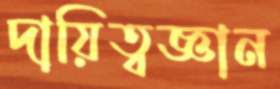
দায়িত্বজ্ঞান